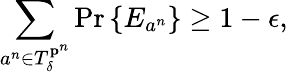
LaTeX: \sum_{a^{n}\in T_{\delta}^{\mathbf{p}^{n}}}\operatorname*{Pr}\left\{ E_{a^{n}}\right\} \geq 1-\epsilon,